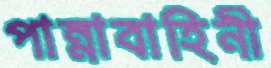
পান্নাবাহিনী